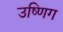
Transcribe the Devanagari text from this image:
उष्णिग